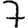
Digit: 7